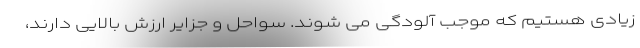
زیادی هستیم که موجب آلودگی می شوند. سواحل و جزایر ارزش بالایی دارند،